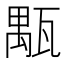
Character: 㼴